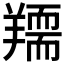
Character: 𦏌